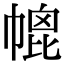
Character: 㡙